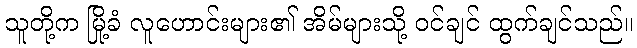
သူတို့က မြို့ခံ လူဟောင်းများ၏ အိမ်များသို့ ဝင်ချင် ထွက်ချင်သည်။